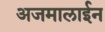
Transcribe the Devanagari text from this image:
अजमालाईन